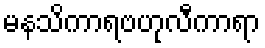
မနသိကာရဗဟုလီကာရာ